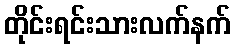
တိုင်းရင်းသားလက်နက်